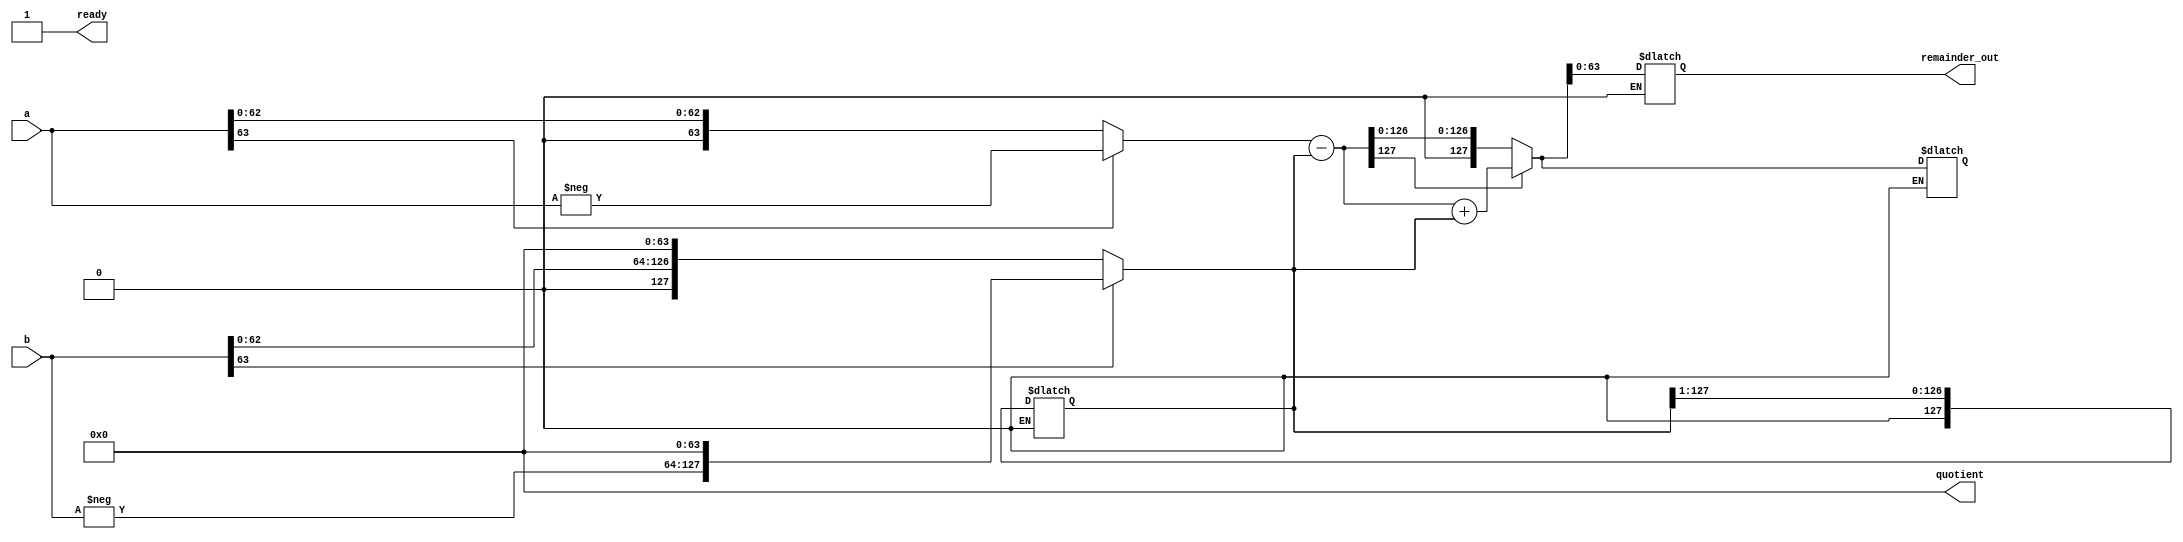
module divider (
output [63:0] quotient,
output [63:0] remainder_out,
output ready,
input [63:0] a, b
);

reg[63:0] quotient, remainder_out;
reg [127:0] remainder, divisor;
reg [7:0] ctr;
wire [63:0] a,b;
reg clk;
wire ready;

assign ready = (ctr >= 65) ? 1:0;

always begin
  #2 clk = ~clk;
end

always@(a or b)begin
    quotient = 0;
    ctr[7:0] =8'b0;
    remainder = (a[63]) ? {64'b0, -a} : {64'b0,a};
    divisor = (b[63]) ? {-b, 64'b0} : {b,64'b0};
    clk=0;
end

always@(clk)
begin

if(ctr < 65)begin
    remainder = remainder - divisor;
    quotient = quotient <<1;
    if(remainder[127]==1)begin
        remainder = remainder + divisor;
        quotient[0] <= 0;
    end else begin
        quotient[0] <=1;
    end
    divisor = divisor >> 1;
    ctr=ctr+1;
end
if(ctr >= 65) begin
    if(a[63] !== b[63]) begin
      quotient[63] <= 1;
    end
    remainder_out[63:0] <= remainder[63:0];
end
end

endmodule